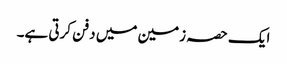
ایک حصہ زمین میں دفن کرتی ہے۔